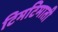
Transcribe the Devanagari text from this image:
टिमटिमाती